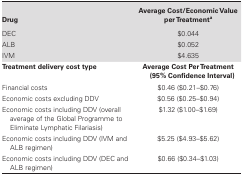
<table><thead><tr><td><b>Drug</b></td><td><b>Average Cost/Economic Value per Treatment<sup>a</sup></b></td></tr></thead><tbody><tr><td>DEC</td><td>$0.044</td></tr><tr><td>ALB</td><td>$0.052</td></tr><tr><td>IVM</td><td>$4.635</td></tr><tr><td><b>Treatment delivery cost type</b></td><td><b>Average Cost Per Treatment (95% Confidence Interval</b>)</td></tr><tr><td>Financial costs</td><td>$0.46 ($0.21–$0.76)</td></tr><tr><td>Economic costs excluding DDV</td><td>$0.56 ($0.25–$0.94)</td></tr><tr><td>Economic costs including DDV (overall average of the Global Programme to Eliminate Lymphatic Filariasis)</td><td>$1.32 ($1.00–$1.69)</td></tr><tr><td>Economic costs including DDV (IVM and ALB regimen)</td><td>$5.25 ($4.93–$5.62)</td></tr><tr><td>Economic costs including DDV (DEC and ALB regimen)</td><td>$0.66 ($0.34–$1.03)</td></tr></tbody></table>